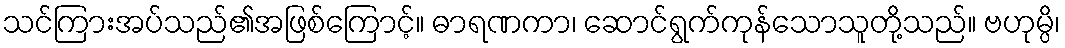
သင်ကြားအပ်သည်၏အဖြစ်ကြောင့်။ ဓာရဏကာ၊ ဆောင်ရွက်ကုန်သောသူတို့သည်။ ဗဟုမ္ပိ၊